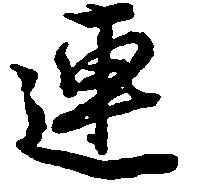
連